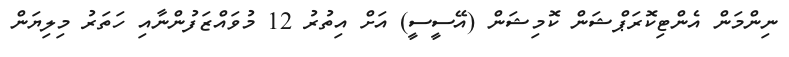
ނިންމަން އެންޓިކޮރަޕްޝަން ކޮމިޝަން (އޭސީސީ) އަށް އިތުރު 12 މުވައްޒަފުންނާއި ހަތަރު މިލިޔަން